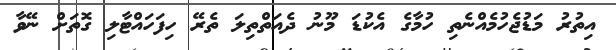
އިތުރު މަޑުޖެހުމެއްނެތި ހުމާގެ އެކުޑަ މޫނު ދެއަތްތިލަ ތެރޭ ހިފަހައްޓާލި ގޮތަށް ނޭވާ